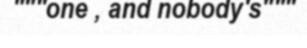
"""one , and nobody's"""